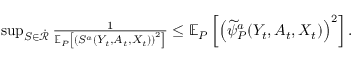
\begin{array} { r l } & { \operatorname* { s u p } _ { S \in \dot { \mathcal { R } } } \frac { 1 } { \mathbb { E } _ { P } \left[ \left( S ^ { a } ( Y _ { t } , A _ { t } , X _ { t } ) \right) ^ { 2 } \right] } \leq \mathbb { E } _ { P } \left[ \left( \widetilde { \psi } _ { P } ^ { a } ( Y _ { t } , A _ { t } , X _ { t } ) \right) ^ { 2 } \right] . } \end{array}